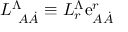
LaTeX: L _ { \ A \dot { A } } ^ { \Lambda } \equiv L _ { r } ^ { \Lambda } \mathrm { e } _ { A \dot { A } } ^ { r }